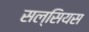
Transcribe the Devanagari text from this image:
सल्सियस